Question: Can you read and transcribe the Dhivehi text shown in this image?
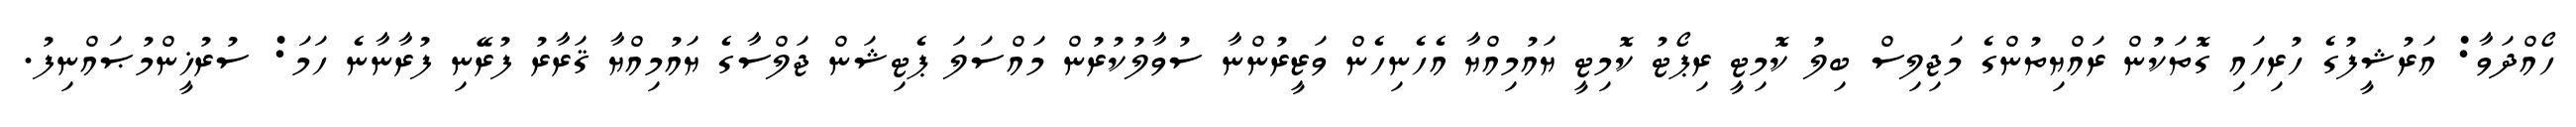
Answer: ހޯއްދަވާ: އަރުޝީފުގެ ހުރިހައި ގޮތަކުން ރައްޔިތުންގެ މަޖިލިސް ބިލު ކޮމިޓީ ރިޕޯޓު ކޮމިޓީ ޔައުމިއްޔާ އެހެނިހެން ވަޒީރުންނާ ސުވާލުކުރުން މައްސަލަ ޕެޓިޝަން ޖަލްސާގެ ޔައުމިއްޔާ ޤަރާރު ފުރޭނި ފުރާނާނެ ހަމަ: ސުރުޚީންމުޞައްނިފު.